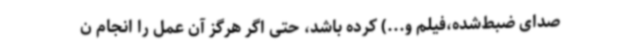
صدای ضبط‌شده،فیلم و...) کرده باشد، حتی اگر هرگز آن عمل را انجام ن